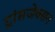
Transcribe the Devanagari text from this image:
ट्रांसजेक्सन